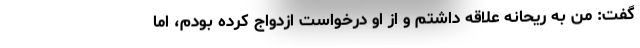
گفت: من به ریحانه علاقه داشتم و از او درخواست ازدواج کرده بودم، اما